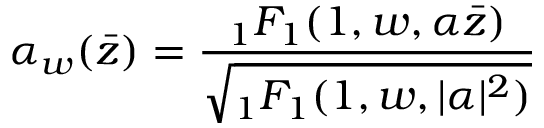
\alpha _ { w } ( \bar { z } ) = \frac { { } _ { 1 } F _ { 1 } ( 1 , w , \alpha \bar { z } ) } { \sqrt { { } _ { 1 } F _ { 1 } ( 1 , w , \vert \alpha \vert ^ { 2 } ) } }